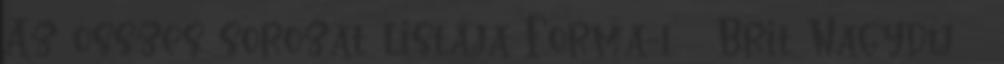
Az összes sorozat listája Forma-1 Brit Nagydíj